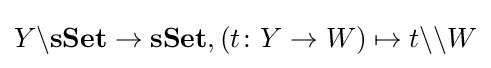
Y\backslash \mathbf {sSet} \rightarrow \mathbf {sSet} ,(t\colon Y\rightarrow W)\mapsto t\backslash \backslash W